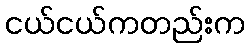
ငယ်ငယ်ကတည်းက